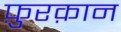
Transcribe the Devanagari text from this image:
फ़ुरक़ान